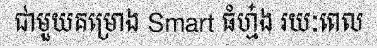
ជាមួយគម្រោង Smart ធំហ្ម៎ង រយៈពេល